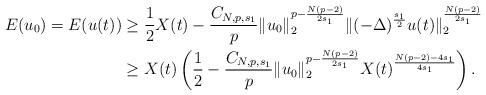
LaTeX: \begin{align*}E(u_0)=E(u(t))& \geq \frac{1}{2}X(t)-\frac{C_{N,p,s_1}}{p}\|u_0\|_2^{p-\frac{N(p-2)}{2s_1}}\|(-\Delta)^{\frac{s_1}{2}}u(t)\|_{2}^{\frac{N(p-2)}{2s_1}}\\& \geq X(t)\left(\frac{1}{2}-\frac{C_{N,p,s_1}}{p}\|u_0\|_2^{p-\frac{N(p-2)}{2s_1}}X(t)^{\frac{N(p-2)-4s_1}{4s_1}}\right).\end{align*}